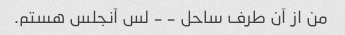
من از آن طرف ساحل - - لس آنجلس هستم.